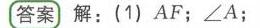
(答案 解：(1) \(AF\)；\(\angle A\)；